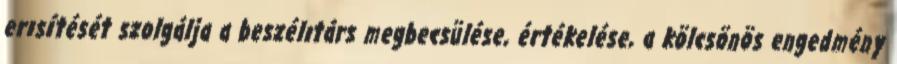
erısítését szolgálja a beszélıtárs megbecsülése, értékelése, a kölcsönös engedmény